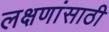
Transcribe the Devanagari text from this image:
लक्षणांसाठी